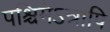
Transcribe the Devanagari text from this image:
पश्चिमेऽत्रापि